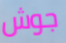
جوش